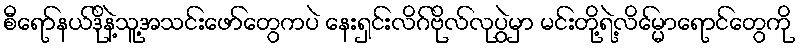
စီရော်နယ်ဒိုနဲ့သူ့အသင်းဖော်တွေကပဲ နေးရှင်းလိဂ်ဗိုလ်လုပွဲမှာ မင်းတို့ရဲ့လိမ္မော်ရောင်တွေကို